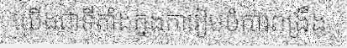
យើងជាទីតាំងក្នងការៀបចំការពង្រឹង